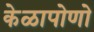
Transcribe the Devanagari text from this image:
केळापोणो